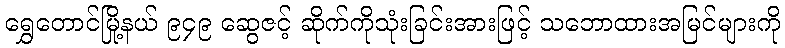
ရွှေတောင်မြို့နယ် ၉၄၉ ဆွေဇင့် ဆိုက်ကိုသုံးခြင်းအားဖြင့် သဘောထားအမြင်များကို